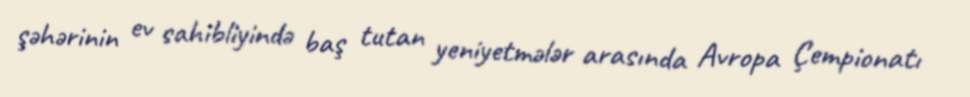
şəhərinin ev sahibliyində baş tutan yeniyetmələr arasında Avropa Çempionatı